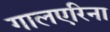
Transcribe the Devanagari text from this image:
गालएरिना